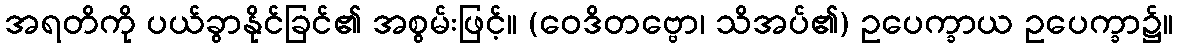
အရတိကို ပယ်ခွာနိုင်ခြင်၏ အစွမ်းဖြင့်။ (ဝေဒိတဗ္ဗော၊ သိအပ်၏) ဥပေက္ခာယ ဥပေက္ခာ၌။